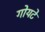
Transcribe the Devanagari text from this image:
गोयटे